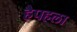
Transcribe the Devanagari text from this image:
हैपहला